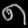
Digit: ၈